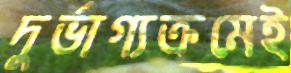
দুর্ভাগ্যক্রমেই